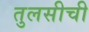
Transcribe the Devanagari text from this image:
तुलसीची